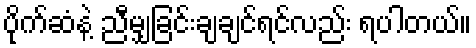
ပိုက်ဆံနဲ့ ညီမျှခြင်းချချင်ရင်လည်း ရပါတယ်။